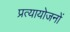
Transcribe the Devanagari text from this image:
प्रत्यायोजनों